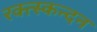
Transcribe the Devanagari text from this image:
रक्त्स्कन्दन